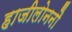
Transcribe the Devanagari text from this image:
हाजीलोननौ